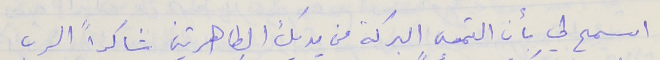
اسمح لي بأن التمس البركة من يديك الطاهرتين شاكراً الرب